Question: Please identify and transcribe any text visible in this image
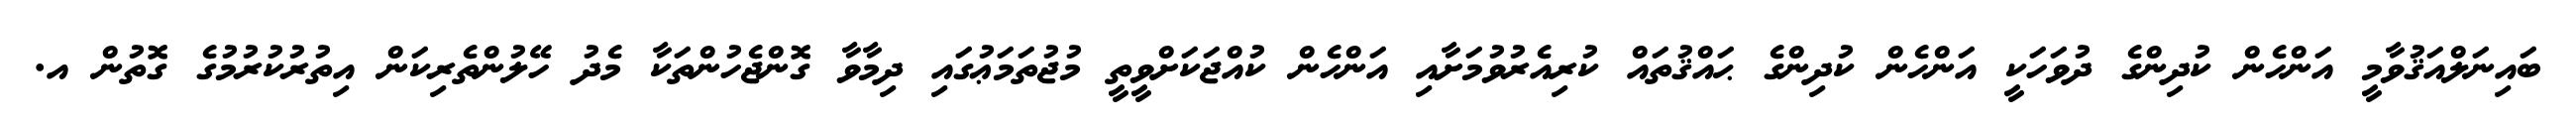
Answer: ބައިނަލްއަޤުވާމީ އަންހެން ކުދިންގެ ދުވަހަކީ އަންހެން ކުދިންގެ ޙައްޤުތައް ކުރިއެރުވުމަށާއި އަންހެން ކުއްޖަކަށްވީތީ މުޖުތަމަޢުގައި ދިމާވާ ގޮންޖެހުންތަކާ މެދު ހޭލުންތެރިކަން އިތުރުކުރުމުގެ ގޮތުން އ.